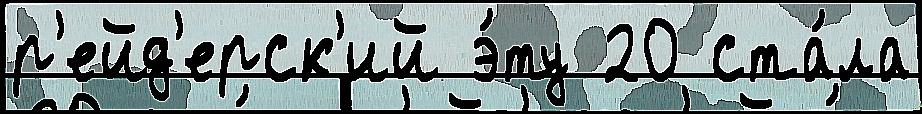
р'ейд'ерск'ий э́ту 20 ста́ла